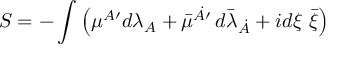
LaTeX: S = - \int \left( { \mu } { } ^ { A \prime } d \lambda _ { A } + \bar { \mu } { } ^ { \dot { A } \prime } \, d { \bar { \lambda } } _ { \dot { A } } + i d { \xi } ~ \bar { \xi } \right)